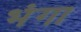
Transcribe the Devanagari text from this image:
भंगा